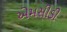
એમસીડી